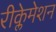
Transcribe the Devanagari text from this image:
रीक्लेमेशन